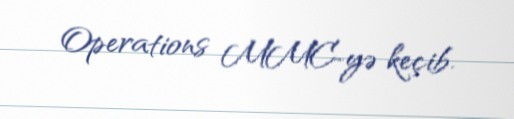
Operations MMC-yə keçib.